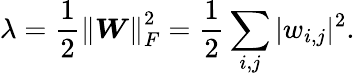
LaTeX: \lambda=\frac{1}{2}\left\| \boldsymbol{W}\right\| _{F}^{2}=\frac{1}{2}\sum_{i,j}|w_{i,j}|^{2}.